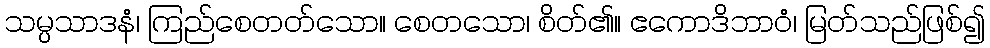
သမ္ပသာဒနံ၊ ကြည်စေတတ်သော။ စေတသော၊ စိတ်၏။ ဧကောဒိဘာဝံ၊ မြတ်သည်ဖြစ်၍